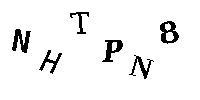
NHTPN8